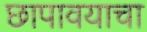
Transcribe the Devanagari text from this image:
छापावयाचा